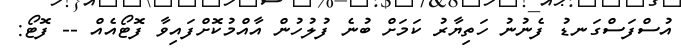
އުސްފަސްގަނޑު ފެނުނު ހަތިޔާރު ކަމަށް ބުނެ ފުލުހުން އާއްމުކޮށްފައިވާ ފޮޓޯއެއް -- ފޮޓޯ: